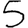
Digit: 5